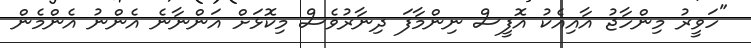
"ހަވީރު މިންހާޖު އާއިއެކު އޮފީސް ނިންމާފަ ދިނާރުވެސް މިކޮޅަށް އަންނާނެ އެންނު އެންމެން